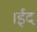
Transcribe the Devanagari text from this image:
।ईद